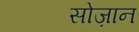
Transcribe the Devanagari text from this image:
सोज़ान